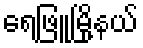
ရေဖြူမြို့နယ်